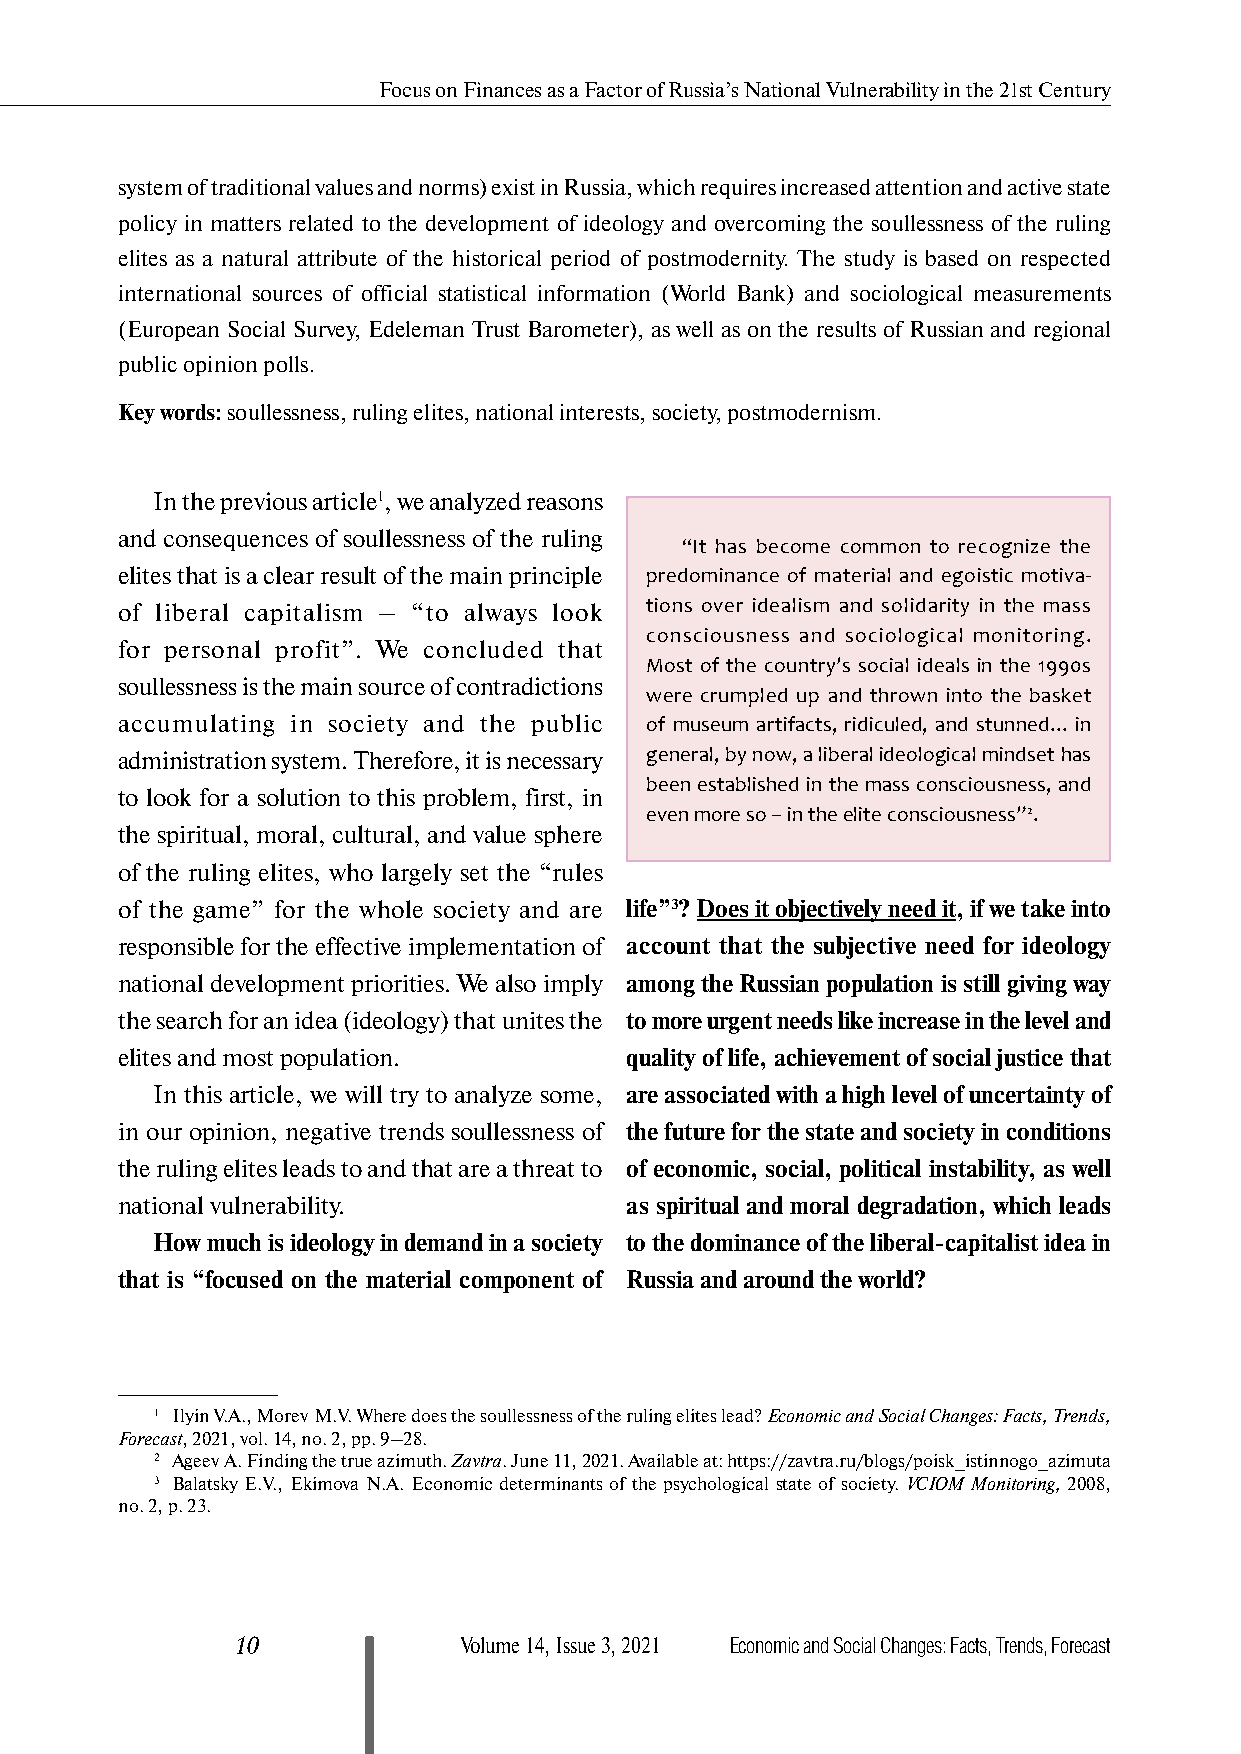
Focus on Finances as a Factor of Russia’s National Vulnerability in the 21st Century
 system of traditional values and norms) exist in Russia, which requires increased attention and active state
 policy in matters related to the development of ideology and overcoming the soullessness of the ruling
 elites as a natural attribute of the historical period of postmodernity. The study is based on respected
 international sources of official statistical information (World Bank) and sociological measurements
 (European Social Survey, Edeleman Trust Barometer), as well as on the results of Russian and regional
 public opinion polls.
 Key words: soullessness, ruling elites, national interests, society, postmodernism.
 In the previous article1, we analyzed reasons
 and consequences of soullessness of the ruling
 “It has become common to recognize the
 elites that is a clear result of the main principle predominance of material and egoistic motiva-
 of liberal capitalism – “to always look tions over idealism and solidarity in the mass
 consciousness and sociological monitoring.
 for personal profit”. We concluded that
 Most of the country’s social ideals in the 1990s
 soullessness is the main source of contradictions
 were crumpled up and thrown into the basket
 accumulating in society and the public of museum artifacts, ridiculed, and stunned... in
 administration system. Therefore, it is necessary general, by now, a liberal ideological mindset has
 been established in the mass consciousness, and
 to look for a solution to this problem, first, in
 even more so – in the elite consciousness”2.
 the spiritual, moral, cultural, and value sphere
 of the ruling elites, who largely set the “rules
 of the game” for the whole society and are life”3? Does it objectively need it, if we take into
 responsible for the effective implementation of account that the subjective need for ideology
 national development priorities. We also imply among the Russian population is still giving way
 the search for an idea (ideology) that unites the to more urgent needs like increase in the level and
 elites and most population.      quality of life, achievement of social justice that
 In this article, we will try to analyze some, are associated with a high level of uncertainty of
 in our opinion, negative trends soullessness of the future for the state and society in conditions
 the ruling elites leads to and that are a threat to of economic, social, political instability, as well
 national vulnerability.          as spiritual and moral degradation, which leads
 How much is ideology in demand in a society to the dominance of the liberal-capitalist idea in
 that is “focused on the material component of Russia and around the world?
 1 Ilyin V.A., Morev M.V. Where does the soullessness of the ruling elites lead? Economic and Social Changes: Facts, Trends,
 Forecast, 2021, vol. 14, no. 2, pp. 9–28.
 2 Ageev A. Finding the true azimuth. Zavtra. June 11, 2021. Available at: https://zavtra.ru/blogs/poisk_istinnogo_azimuta
 3 Balatsky E.V., Ekimova N.A. Economic determinants of the psychological state of society. VCIOM Monitoring, 2008,
 no. 2, p. 23.
 10            Volume 14, Issue 3, 2021 Economic and Social Changes: Facts, Trends, Forecast